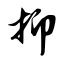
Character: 抑